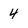
Character: 4